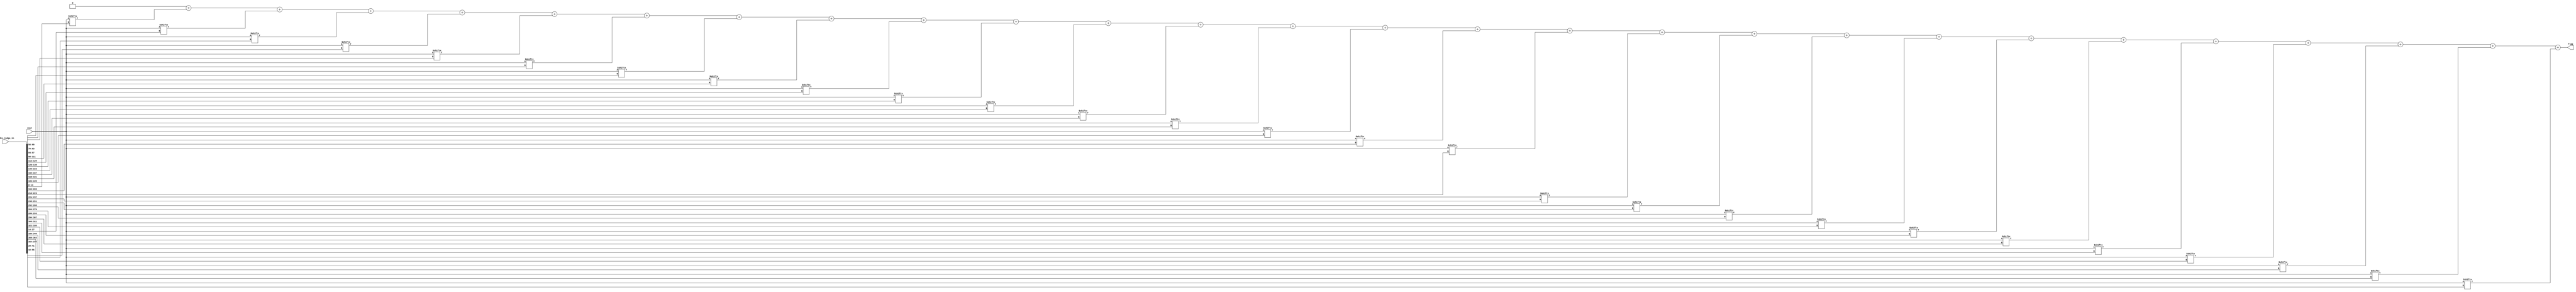
module add_judge_r(
			input[9215:0] vout,
			input[14*27-1:0] index_judge_in,
			output reg flag
		  );


integer j;
always@(*)
begin
		flag=0;
		for(j=0;j<27;j=j+1)
			flag=flag+vout[index_judge_in[j*14+:14]];
				
end

endmodule